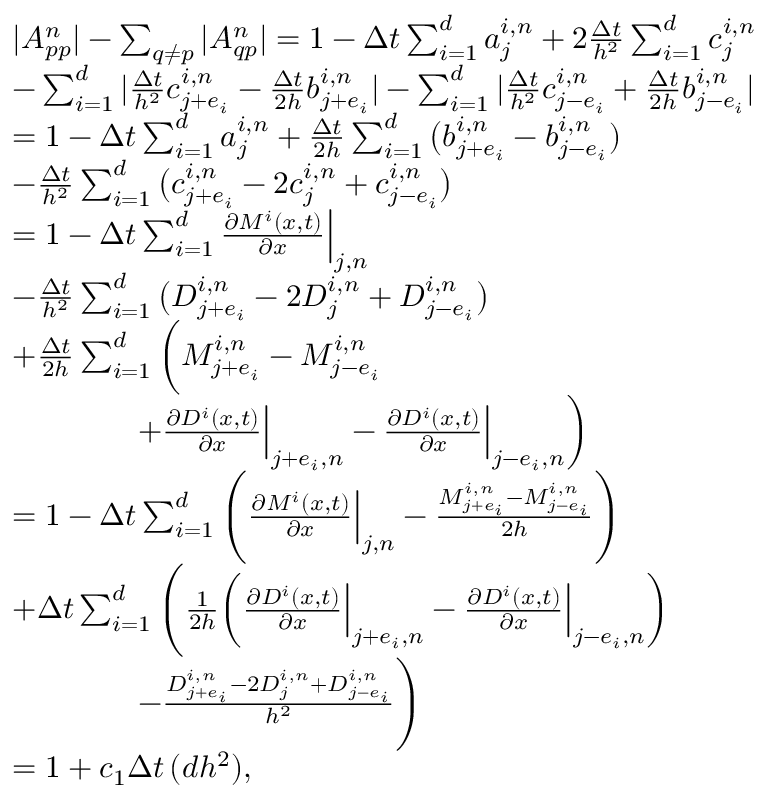
\begin{array} { r l } & { | A _ { p p } ^ { n } | - \sum _ { q \neq p } | A _ { q p } ^ { n } | = 1 - \Delta t \sum _ { i = 1 } ^ { d } a _ { j } ^ { i , n } + 2 \frac { \Delta t } { h ^ { 2 } } \sum _ { i = 1 } ^ { d } c _ { j } ^ { i , n } } \\ & { - \sum _ { i = 1 } ^ { d } | \frac { \Delta t } { h ^ { 2 } } c _ { j + e _ { i } } ^ { i , n } - \frac { \Delta t } { 2 h } b _ { j + e _ { i } } ^ { i , n } | - \sum _ { i = 1 } ^ { d } | \frac { \Delta t } { h ^ { 2 } } c _ { j - e _ { i } } ^ { i , n } + \frac { \Delta t } { 2 h } b _ { j - e _ { i } } ^ { i , n } | } \\ & { = 1 - \Delta t \sum _ { i = 1 } ^ { d } a _ { j } ^ { i , n } + \frac { \Delta t } { 2 h } \sum _ { i = 1 } ^ { d } \big ( b _ { j + e _ { i } } ^ { i , n } - b _ { j - e _ { i } } ^ { i , n } ) } \\ & { - \frac { \Delta t } { h ^ { 2 } } \sum _ { i = 1 } ^ { d } \big ( c _ { j + e _ { i } } ^ { i , n } - 2 c _ { j } ^ { i , n } + c _ { j - e _ { i } } ^ { i , n } \big ) } \\ & { = 1 - \Delta t \sum _ { i = 1 } ^ { d } \frac { \partial M ^ { i } ( x , t ) } { \partial x } \Big | _ { j , n } } \\ & { - \frac { \Delta t } { h ^ { 2 } } \sum _ { i = 1 } ^ { d } \big ( D _ { j + e _ { i } } ^ { i , n } - 2 D _ { j } ^ { i , n } + D _ { j - e _ { i } } ^ { i , n } \big ) } \\ & { + \frac { \Delta t } { 2 h } \sum _ { i = 1 } ^ { d } \bigg ( M _ { j + e _ { i } } ^ { i , n } - M _ { j - e _ { i } } ^ { i , n } } \\ & { \qquad \qquad + \frac { \partial D ^ { i } ( x , t ) } { \partial x } \Big | _ { j + e _ { i } , n } - \frac { \partial D ^ { i } ( x , t ) } { \partial x } \Big | _ { j - e _ { i } , n } \bigg ) } \\ & { = 1 - \Delta t \sum _ { i = 1 } ^ { d } \Bigg ( \frac { \partial M ^ { i } ( x , t ) } { \partial x } \Big | _ { j , n } - \frac { M _ { j + e _ { i } } ^ { i , n } - M _ { j - e _ { i } } ^ { i , n } } { 2 h } \Bigg ) } \\ & { + \Delta t \sum _ { i = 1 } ^ { d } \Bigg ( \frac { 1 } { 2 h } \bigg ( \frac { \partial D ^ { i } ( x , t ) } { \partial x } \Big | _ { j + e _ { i } , n } - \frac { \partial D ^ { i } ( x , t ) } { \partial x } \Big | _ { j - e _ { i } , n } \bigg ) } \\ & { \qquad \qquad - \frac { D _ { j + e _ { i } } ^ { i , n } - 2 D _ { j } ^ { i , n } + D _ { j - e _ { i } } ^ { i , n } } { h ^ { 2 } } \Bigg ) } \\ & { = 1 + c _ { 1 } \Delta t \, ( d h ^ { 2 } ) , } \end{array}